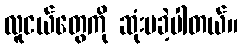
လူငယ်တွေကို ဆုံးမခဲ့ပါတယ်။